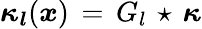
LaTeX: \boldsymbol{\kappa_{l}}(\boldsymbol{x})\, =\, G_{l}\, \star\, \boldsymbol{\kappa}